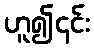
ဟူ၍၎င်း